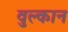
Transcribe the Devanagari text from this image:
वुल्कान